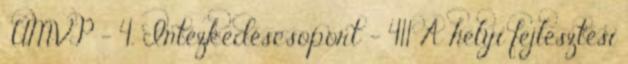
▪ÚMVP - 4. Intézkedéscsoport - 411 A helyi fejlesztési